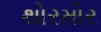
થોરમોર